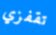
تقفزي